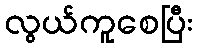
လွယ်ကူစေပြီး